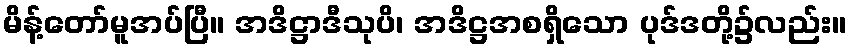
မိန့်တော်မူအပ်ပြီ။ အဒိဋ္ဌာဒီသုပိ၊ အဒိဋ္ဌအစရှိသော ပုဒ်ဒတို့၌လည်း။